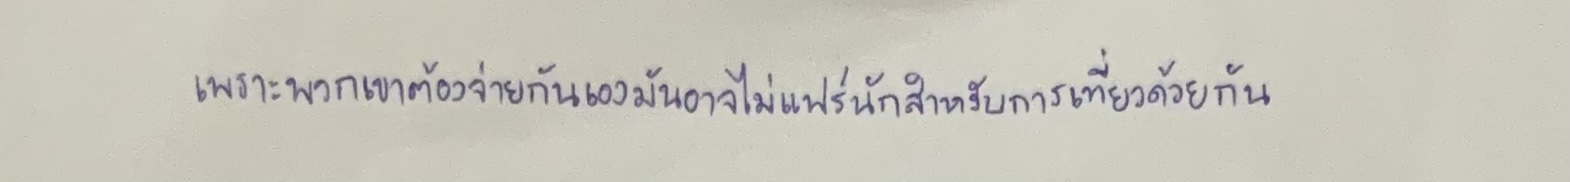
เพราะพวกเขาต้องจ่ายกันเองมันอาจไม่แฟร์นักสำหรับการเที่ยวด้วยกัน